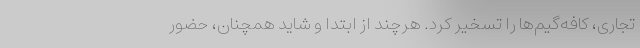
تجاری، کافه‌گیم‌ها را تسخیر کرد. هرچند از ابتدا و شاید همچنان، حضور